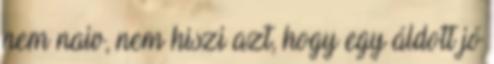
nem naiv, nem hiszi azt, hogy egy áldott jó